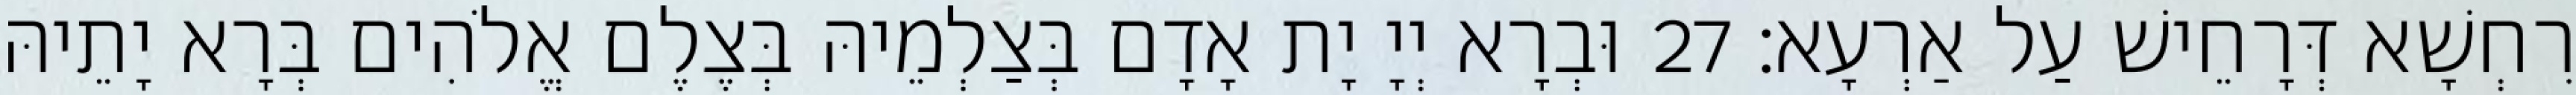
רִחְשָׁא דְּרָחֵישׁ עַל אַרְעָא׃ 27 וּבְרָא יְיָ יָת אָדָם בְּצַלְמֵיהּ בְּצֶלֶם אֱלֹהִים בְּרָא יָתֵיהּ